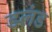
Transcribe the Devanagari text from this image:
डलंड